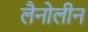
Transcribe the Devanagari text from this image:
लैनोलीन